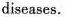
diseases.